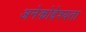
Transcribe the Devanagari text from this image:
अनेकोद्देश्यता